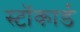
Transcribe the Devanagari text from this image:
स्टॉकार्ड